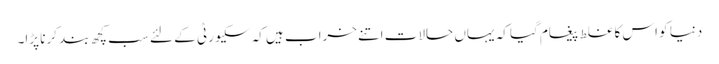
دنیا کو اس کا غلط پیغام گیا کہ یہاں حالات اتنے خراب ہیں کہ سکیورٹی کے لئے سب کچھ بند کرنا پڑا۔